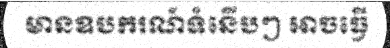
មានឧបករណ៍ទំនើបៗ អាចធ្វើ